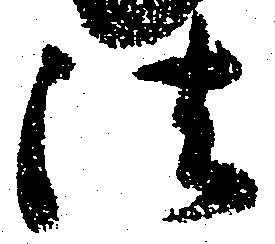
法